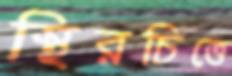
স্থিরচিত্তে